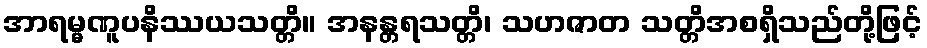
အာရမ္မဏူပနိဿယသတ္တိ။ အနန္တရသတ္တိ၊ သဟဇာတ သတ္တိအစရှိသည်တို့ဖြင့်